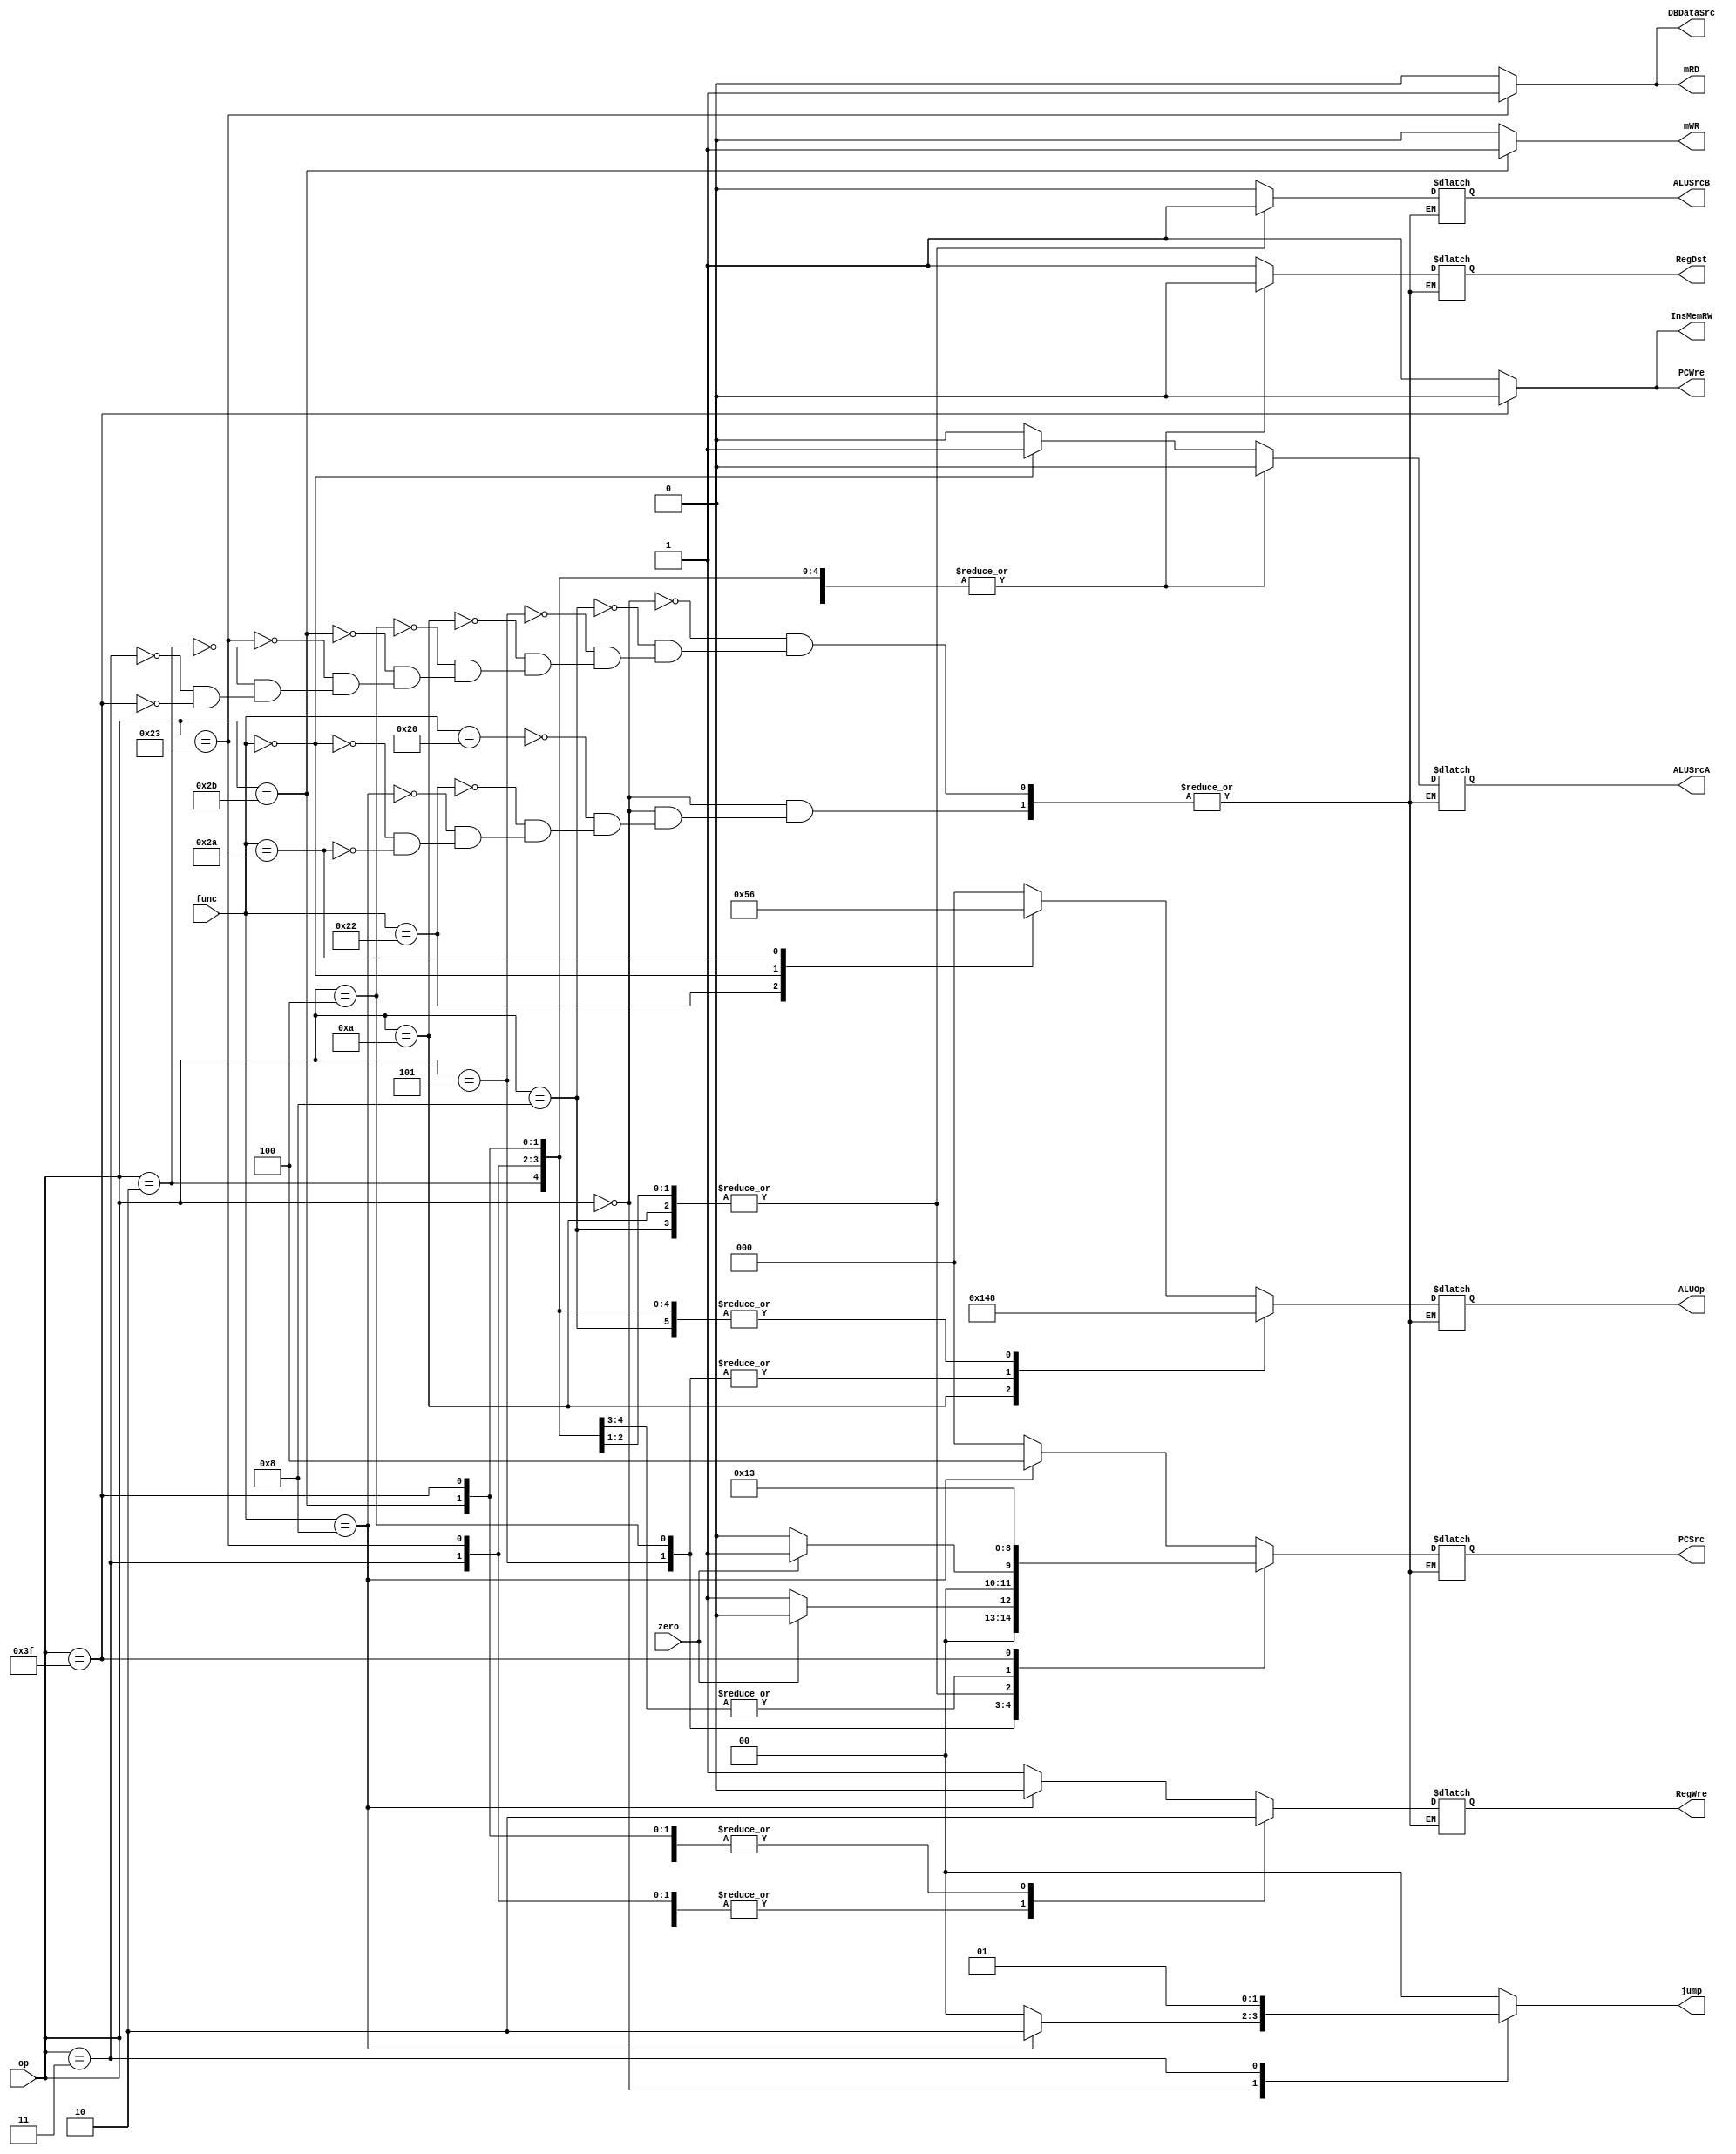
module ControlUnit(
        input zero,         //ALUǷΪ0Ϊ0ʱΪ1
        input [5:0] op,     //ָĲ
        input [5:0] func,
        output reg PCWre,       //PCǷĵźΪ0ʱ򲻸ģԸ   
        output reg InsMemRW,    //ָĴ״̬Ϊ0ʱдָĴΪָĴ
        output reg RegDst,      //дĴĴĵַΪ0ʱַrtΪ1ʱַrd
        output reg RegWre,      //ĴдʹܣΪ1ʱд
        output reg ALUSrcA,     //ALUAѡ˵룬Ϊ0ʱԼĴdata1Ϊ1ʱλsa
        output reg ALUSrcB,     //ALUBѡ˵룬Ϊ0ʱԼĴdata2Ϊ1ʱչ
        output reg [2:0]PCSrc,  //ȡһpcĵַѡѡ,0Ϊpc+41Ϊbranch2Ϊjump
        output reg [2:0]ALUOp,  //ALU 8㹦ѡ(000-111)
        output reg mRD,         //ݴ洢źţΪ0
        output reg mWR,         //ݴ洢дźţΪ0д
        output reg DBDataSrc,   //ݱѡˣΪ0ALUΪ1ݼĴData MEM       
        output reg [1:0] jump         //0ݣ1jal, 2jr
    );
    
    initial begin
        PCWre = 1;
        InsMemRW = 1;
        RegWre = 1;
        mRD = 0;
        mWR = 0;
        DBDataSrc = 0;
        jump = 0;
    end
    
    always@(op or zero or func) 
    begin
        PCWre = (op == 6'b111111) ? 0 : 1;   //halt
        InsMemRW = (op == 6'b111111) ? 0 : 1;    
        mWR = (op == 6'b101011) ? 1 : 0;     //sw
        mRD = (op == 6'b100011) ? 1 : 0;     //lw
        DBDataSrc = (op == 6'b100011) ? 1 : 0;      //lw,Ϊ1ʱȡȻALU
        jump = 0;   //0ݣ01дתַ(jal),10Ƕתַ(jr)
        case(op)
            6'b000000:
                case(func)
                    //add
                    6'b100000:
                        begin
                            RegDst = 1;
                            RegWre = 1;
                            ALUSrcA = 0;
                            ALUSrcB = 0;
                            PCSrc = 2'b000;
                            ALUOp = 3'b000;
                        end
                     //sub
                    6'b100010:
                        begin
                            RegDst = 1;
                            RegWre = 1;
                            ALUSrcA = 0;
                            ALUSrcB = 0;
                            PCSrc = 2'b000;
                            ALUOp = 3'b001;
                        end
                    //jr
                    6'b001000:
                        begin
                            RegDst = 1;
                            RegWre = 0;
                            ALUSrcA = 0;
                            ALUSrcB = 0;
                            jump = 2'b10;
                            PCSrc = 3'b100;
                            ALUOp = 3'b000;
                        end
                    //sll
                    6'b000000:
                        begin
                            RegDst = 1;
                            RegWre = 1;
                            ALUSrcA = 1;
                            ALUSrcB = 0;
                            PCSrc = 2'b000;
                            ALUOp = 3'b010;
                        end                
                    //slt
                    6'b101010:
                        begin
                            RegDst = 1;
                            RegWre = 1;
                            ALUSrcA = 0;
                            ALUSrcB = 0;
                            PCSrc = 2'b000;
                            ALUOp = 3'b110;
                        end
            endcase        
            //addi
            6'b001000:
                begin
                    RegDst = 0;
                    RegWre = 1;
                    ALUSrcA = 0;
                    ALUSrcB = 1;
                    PCSrc = 2'b000;
                    ALUOp = 3'b000;
                end
            //bne
            6'b000101:
                begin
                    RegDst = 0;
                    RegWre = 0;
                    ALUSrcA = 0;
                    ALUSrcB = 0;
                    PCSrc = zero ? 2'b000 : 2'b001;
                    ALUOp = 3'b001;
                end
            //slti
            6'b001010:
                begin
                    RegDst = 0;
                    RegWre = 1;
                    ALUSrcA = 0;
                    ALUSrcB = 1;
                    PCSrc = 2'b000;
                    ALUOp = 3'b101;
                end
            //beq
            6'b000100:
                begin
                    RegDst = 0;
                    RegWre = 0;
                    ALUSrcA = 0;
                    ALUSrcB = 0;
                    PCSrc = zero ? 2'b001 : 2'b000;
                    ALUOp = 3'b001;
                end
            //sw
            6'b101011:
                begin
                    RegDst = 0;
                    RegWre = 0;
                    ALUSrcA = 0;
                    ALUSrcB = 1;
                    PCSrc = 2'b000;
                    ALUOp = 3'b000;
                end
            //lw
            6'b100011:
                begin
                    RegDst = 0;
                    RegWre = 1;
                    ALUSrcA = 0;
                    ALUSrcB = 1;
                    PCSrc = 2'b000;
                    ALUOp = 3'b000;
                end
            //j
            6'b000010:
                begin
                    RegDst = 0;
                    RegWre = 0;
                    ALUSrcA = 0;
                    ALUSrcB = 0;
                    PCSrc = 2'b010;
                    ALUOp = 3'b000;
                end
            //jal
            6'b000011:
                begin
                    RegDst = 0;
                    RegWre = 1;
                    ALUSrcA = 0;
                    ALUSrcB = 0;
                    PCSrc = 3'b010;
                    ALUOp = 3'b000;
                    jump = 2'b01;
                end
            //halt
            6'b111111:
                begin
                    RegDst = 0;
                    RegWre = 0;
                    ALUSrcA = 0;
                    ALUSrcB = 0;
                    PCSrc = 2'b011;
                    ALUOp = 3'b000;
                end
//ori
//            6'b010000:
//                begin
//                    ExtSel = 1;
//                    RegDst = 0;
//                    RegWre = 1;
//                    ALUSrcA = 0;
//                    ALUSrcB = 1;
//                    PCSrc = 2'b00;
//                    ALUOp = 3'b011;
//                end
//            //and
//            6'b010001:
//                begin
//                    ExtSel = 0;
//                    RegDst = 1;
//                    RegWre = 1;
//                    ALUSrcA = 0;
//                    ALUSrcB = 0;
//                    PCSrc = 2'b00;
//                    ALUOp = 3'b100;
//                end
//            //or
//            6'b010010:
//                begin
//                    ExtSel = 0;
//                    RegDst = 1;
//                    RegWre = 1;
//                    ALUSrcA = 0;
//                    ALUSrcB = 0;
//                    PCSrc = 2'b00;
//                    ALUOp = 3'b011;
//                end
        endcase
    end
endmodule